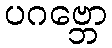
ပဂဗ္ဘော